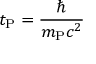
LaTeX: t _ { \mathrm { P } } = { \frac { \hbar } { m _ { \mathrm { P } } c ^ { 2 } } }